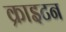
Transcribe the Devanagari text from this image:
क्राइटन